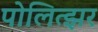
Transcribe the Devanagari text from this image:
पोलित्झर